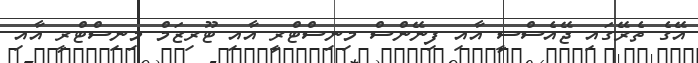
އޭގެ ތެރޭގައި ޖޭއެސްސީ އާއި ފިނޭންސް މިނިސްޓްރީ އާއި ޓޫރިޒަމް މިނިސްޓްރީ އާއި